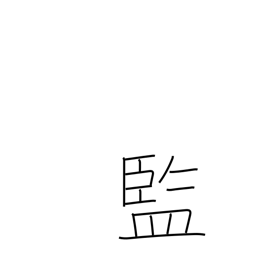
Meaning: official